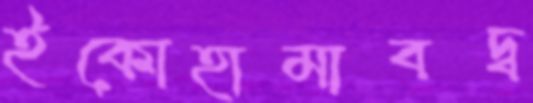
ইকোহামাবদ্ব